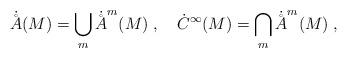
LaTeX: \begin{align*}\dot\AA(M)=\bigcup_m\dot\AA^m(M)\;,\quad\dot C^\infty(M)=\bigcap_m\dot\AA^m(M)\;,\end{align*}